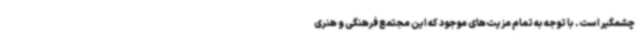
چشمگیر است. با توجه به تمام مزیت‌های موجود که این مجتمع فرهنگی و هنری